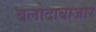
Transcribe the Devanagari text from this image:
बलोदाबाजार